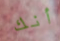
أنك